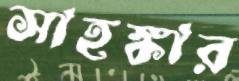
সাহঙ্কার